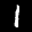
Label: 1